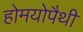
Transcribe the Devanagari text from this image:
होमयोपैथी